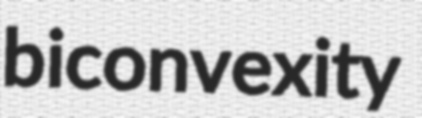
biconvexity